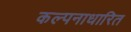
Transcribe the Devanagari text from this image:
कल्पनाधारित